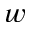
w